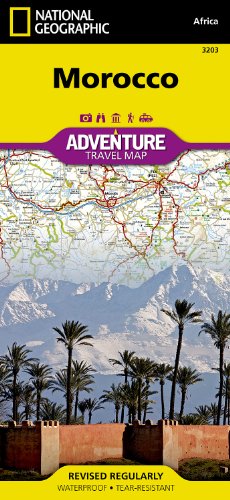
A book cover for Morocco (National Geographic Adventure Map); National Geographic Maps - Adventure; Travel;